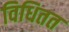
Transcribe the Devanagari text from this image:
विधितत